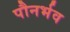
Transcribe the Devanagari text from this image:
पौनर्भव